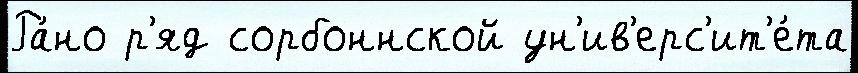
Ра́но р'яд сорбоннской ун'ив'ерс'ит'е́та